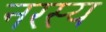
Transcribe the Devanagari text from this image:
नरस्य